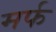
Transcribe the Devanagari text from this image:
मर्फ